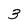
Character: 3